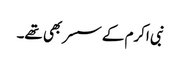
نبی اکرم کے سسر بھی تھے۔